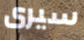
سيرى